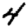
Digit: 4